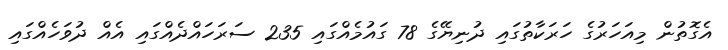
އެގޮތުން މިއަހަރުގެ ހަރަކާތުގައި ދުނިޔޭގެ 78 ގައުމެއްގައި 235 ސަރަހައްދެއްގައި އެއް ދުވަހެއްގައި